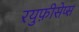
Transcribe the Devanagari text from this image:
रयुफ़ीसेप्स